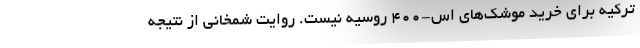
ترکیه برای خرید موشک‌های اس-۴۰۰ روسیه نیست. روایت شمخانی از نتیجه